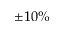
\pm 1 0 \%